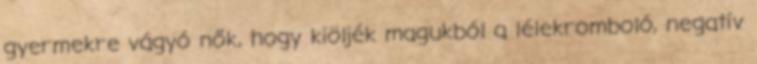
gyermekre vágyó nők, hogy kiöljék magukból a lélekromboló, negatív